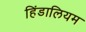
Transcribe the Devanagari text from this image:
हिंडालियम